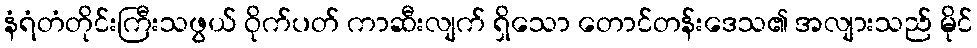
နံရံတံတိုင်းကြီးသဖွယ် ဝိုက်ပတ် ကာဆီးလျက် ရှိသော တောင်တန်းဒေသ၏ အလျားသည် မိုင်